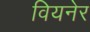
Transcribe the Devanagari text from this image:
वियनेर